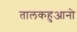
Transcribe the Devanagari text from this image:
तालकहुआनो